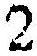
2